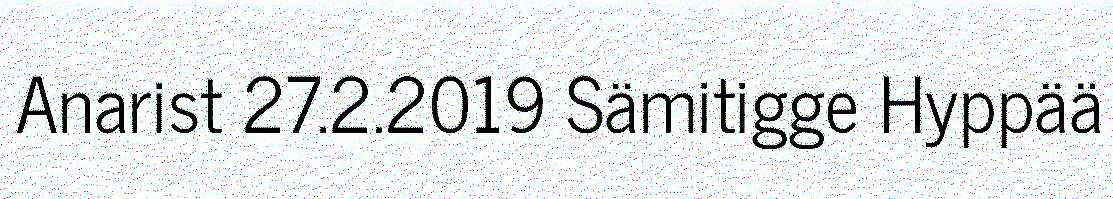
Anarist 27.2.2019 Sämitigge Hyppää